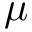
\mu